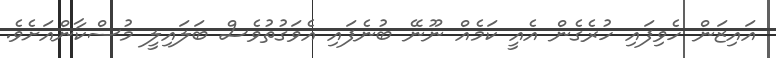
އައިޒަން ހެވިފައި ހުރެގެން އެއީ ކަމެއް ނޫނޭ ބުނެފައި އެވަގުތުވެސް ބަލައިލީ މުސްކާންއަށެވެ.